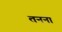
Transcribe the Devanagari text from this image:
तनना